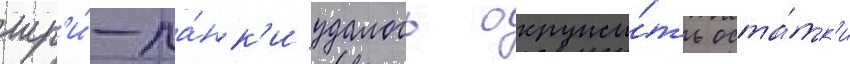
шр'и́-ла́нк'и удалось окружи́ть оста́тк'и